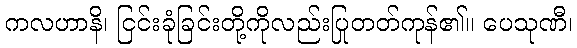
ကလဟာနိ၊ ငြင်းခုံခြင်းတို့ကိုလည်းပြုတတ်ကုန်၏။ ပေသုဏီ၊